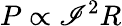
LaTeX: P\propto\mathscr{I}^{2}R